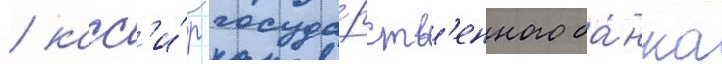
/ касс'и́р госуда́рств'енного ба́нка